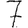
Digit: 7